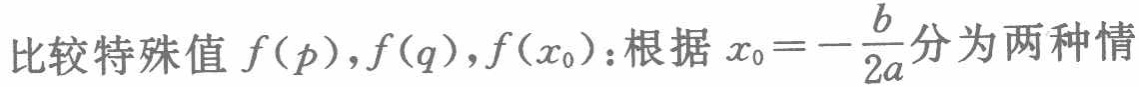
比较特殊值 \(f(p),f(q),f(x_{0})\)：根据 \(x_{0}=-\frac{b}{2a}\)分为两种情